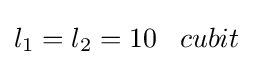
l_{1}=l_{2}=10\;\;\;cubit